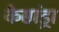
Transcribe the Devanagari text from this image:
कैसांड्रा